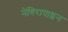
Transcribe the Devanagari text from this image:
नेविरापाइन